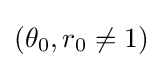
(\theta _{0},r_{0}\neq 1)